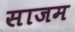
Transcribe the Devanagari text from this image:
साजम